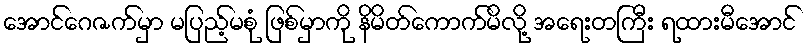
အောင်ဂေဇက်မှာ မပြည့်မစုံ ဖြစ်မှာကို နိမိတ်ကောက်မိလို့ အရေးတကြီး ရထားမီအောင်